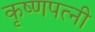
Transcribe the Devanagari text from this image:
कृष्णपत्‍नी